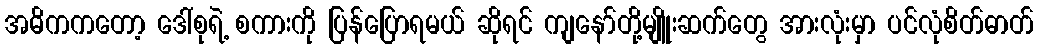
အဓိကကတော့ ဒေါ်စုရဲ့ စကားကို ပြန်ပြောရမယ် ဆိုရင် ကျနော်တို့မျိူးဆက်တွေ အားလုံးမှာ ပင်လုံစိတ်ဓာတ်